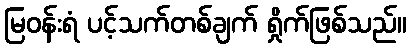
မြဝန်းရံ ပင့်သက်တစ်ချက် ရှိုက်ဖြစ်သည်။